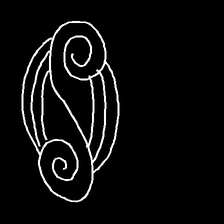
Glyph: wind-underfoot